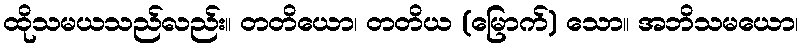
ထိုသမယသည်လည်း။ တတိယော၊ တတိယ (မြောက်) သော။ အဘိသမယော၊